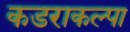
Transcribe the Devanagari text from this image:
कडराकल्पा